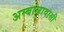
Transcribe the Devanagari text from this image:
अम्बालावासी